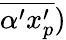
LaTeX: \overline{{\alpha^{\prime}x_{p}^{\prime}}})